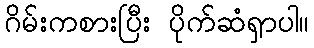
ဂိမ်းကစားပြီး ပိုက်ဆံရှာပါ။